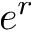
e ^ { r }